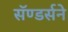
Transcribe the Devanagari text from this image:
सॅण्डर्सने